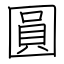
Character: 圓